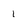
Character: 1